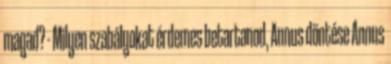
magad? - Milyen szabályokat érdemes betartanod, Annus döntése Annus